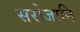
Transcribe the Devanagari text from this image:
सरोजानि